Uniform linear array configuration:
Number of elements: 24
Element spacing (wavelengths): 1
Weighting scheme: exponential
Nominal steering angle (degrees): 0
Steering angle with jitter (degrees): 1.09
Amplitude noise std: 0.05
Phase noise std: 0.05

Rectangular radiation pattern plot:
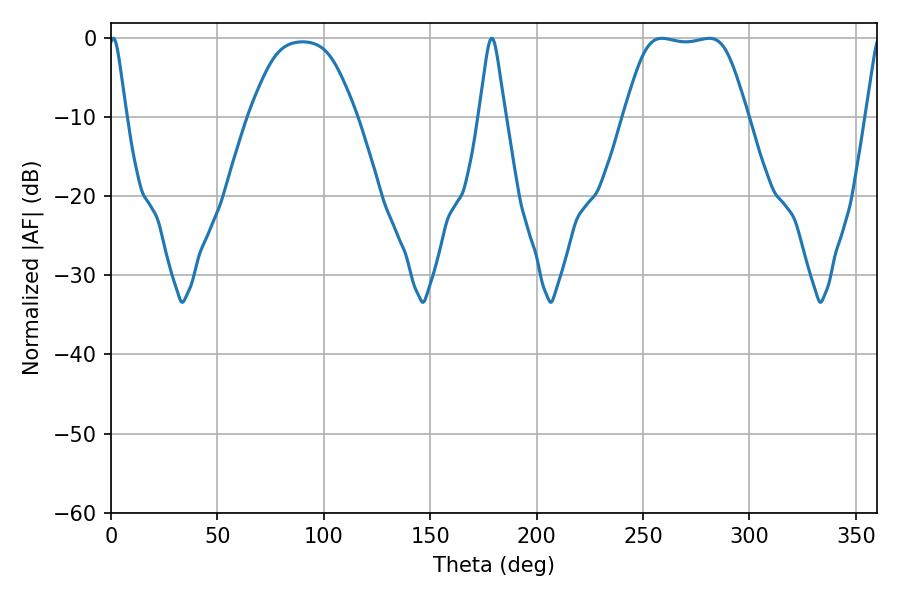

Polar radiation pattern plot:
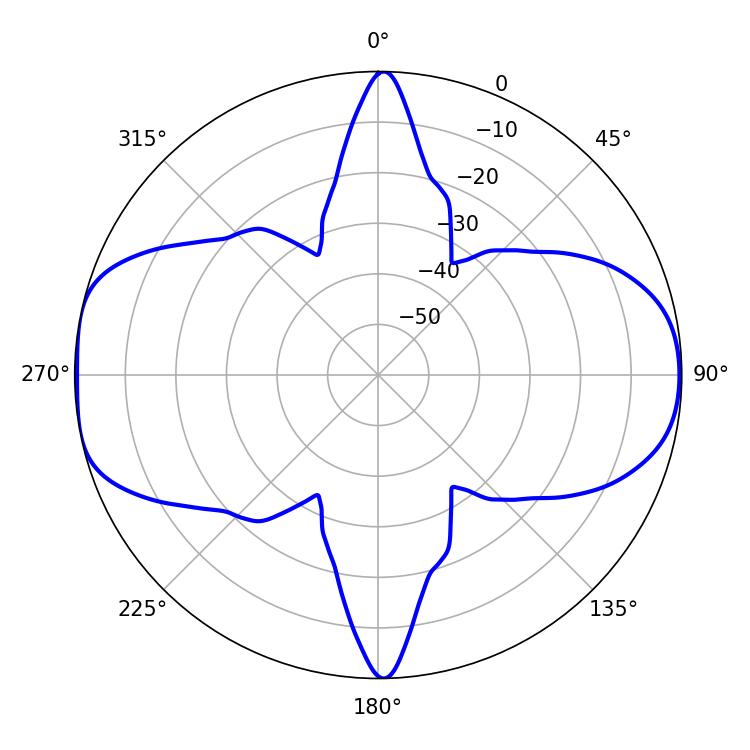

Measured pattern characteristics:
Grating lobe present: TRUE
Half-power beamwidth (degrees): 3.96
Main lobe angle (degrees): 1.08